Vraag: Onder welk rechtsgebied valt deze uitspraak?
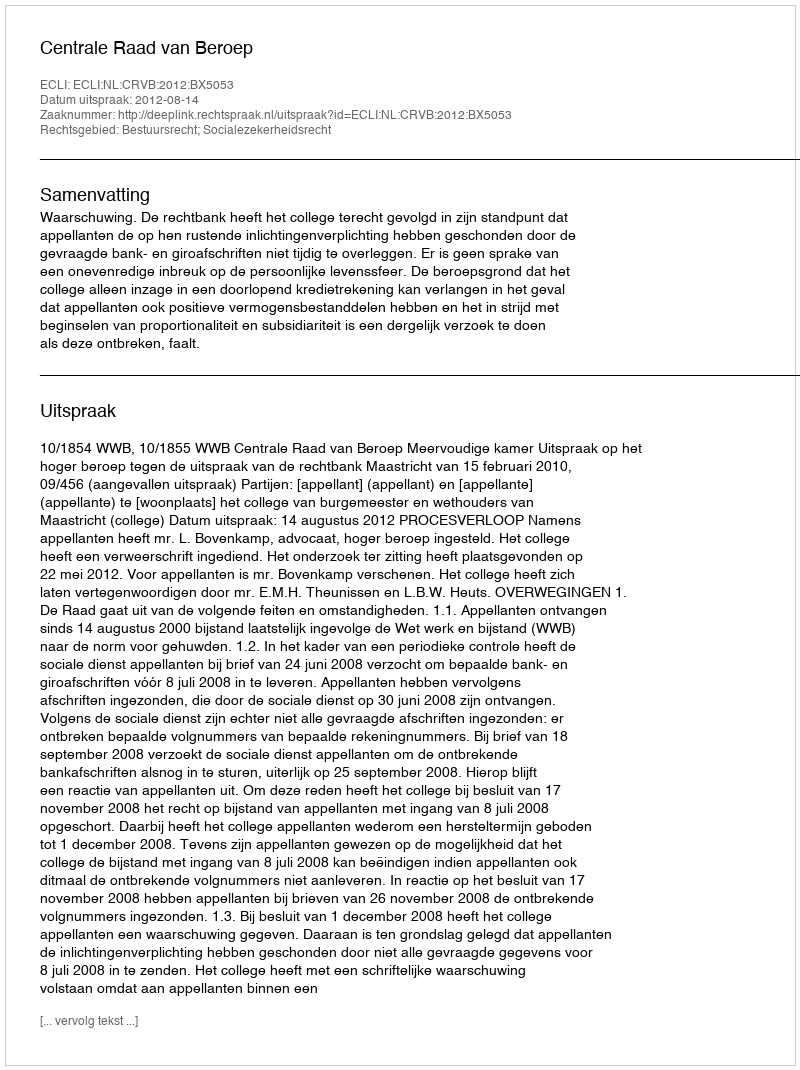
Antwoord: Bestuursrecht; Socialezekerheidsrecht